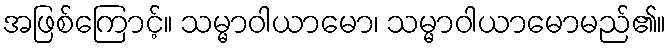
အဖြစ်ကြောင့်။ သမ္မာဝါယာမော၊ သမ္မာဝါယာမောမည်၏။